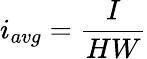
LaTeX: i_{avg}=\frac{I}{HW}